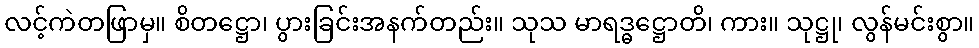
လင့်ကဲတဖြာမှ။ စိတဋ္ဌော၊ ပွားခြင်းအနက်တည်း။ သုသ မာရဒ္ဓဋ္ဌောတိ၊ ကား။ သုဋ္ဌု၊ လွန်မင်းစွာ။